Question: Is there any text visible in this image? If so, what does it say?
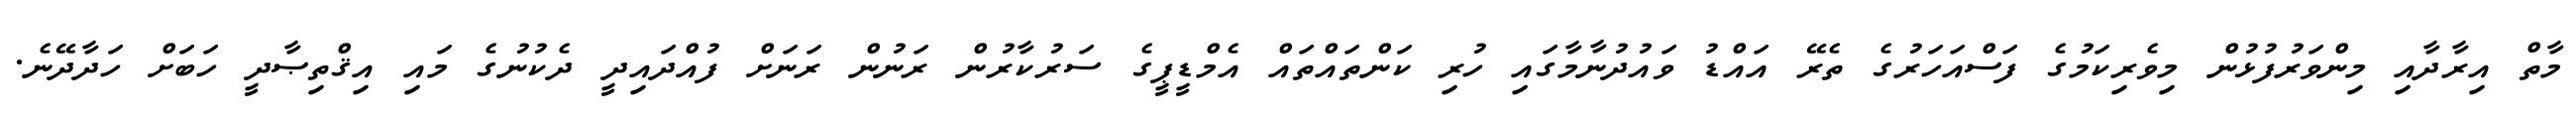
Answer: މާތް އިރާދާއި މިންވަރުފުޅުން މިވެރިކަމުގެ ފަސްއަހަރުގެ ތެރޭ އައްޑު ވައުދުނާމާގައި ހުރި ކަންތައްތައް އެމްޑީޕީގެ ސަރުކާރުން ރަނުން ރަނަށް ފުއްދައިދީ ދެކުނުގެ މައި އިޤްތިޞާދީ ހަބަށް ހަދާދޭނެ.